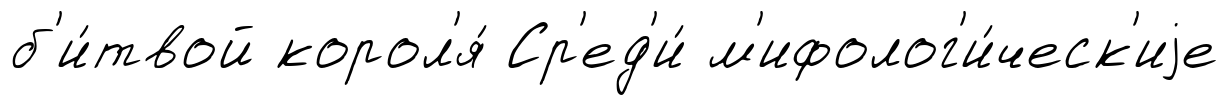
б'и́твой корол'я́ Ср'ед'и́ м'ифолог'и́ческ'иjе